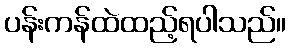
ပန်းကန်ထဲထည့်ရပါသည်။